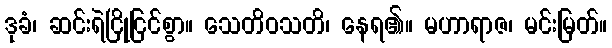
ဒုခံ၊ ဆင်းရဲငြိုငြင်စွာ။ သေတိဝသတိ၊ နေရ၏။ မဟာရာဇ၊ မင်းမြတ်။